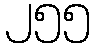
၂၅၅